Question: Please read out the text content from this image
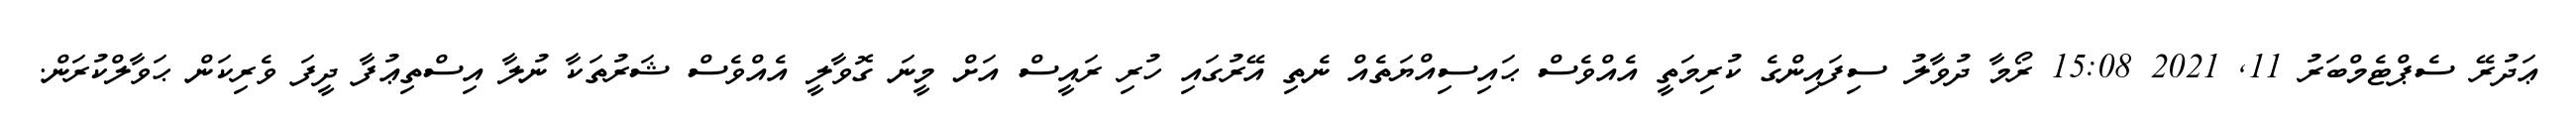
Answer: ޢަދުރޭ ސެޕްޓެމްބަރު 11, 2021 15:08 ރޯމާ ދުވާލު ސިފައިންގެ ކުރިމަތީ އެއްވެސް ޙައިސިއްޔަތެއް ނެތި އޭރުގައި ހުރި ރައީސް އަށް މީނަ ގޮވާލީ އެއްވެސް ޝަރުތަކާ ނުލާ އިސްތިޢުފާ ދީފަ ވެރިކަން ޙަވާލްކުރަން.